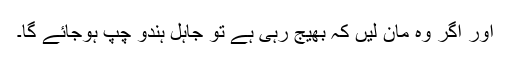
اور اگر وہ مان لیں کہ بھیج رہی ہے تو جاہل ہندو چپ ہوجائے گا۔